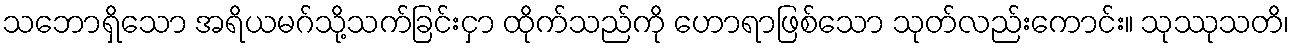
သဘောရှိသော အရိယမဂ်သို့သက်ခြင်းငှာ ထိုက်သည်ကို ဟောရာဖြစ်သော သုတ်လည်းကောင်း။ သုဿုသတိ၊